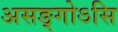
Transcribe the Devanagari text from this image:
असङ्गोऽसि